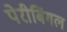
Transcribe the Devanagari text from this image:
पेरीबिंगल